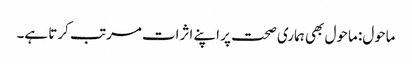
ماحول: ماحول بھی ہماری صحت پر اپنے اثرات مرتب کرتا ہے۔